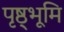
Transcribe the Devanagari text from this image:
पृष्ठ्भूमि